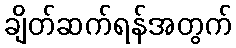
ချိတ်ဆက်ရန်အတွက်